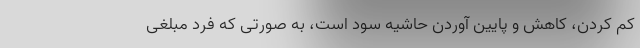
کم کردن، کاهش و پایین آوردن حاشیه سود است، به صورتی که فرد مبلغی